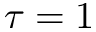
\tau = 1